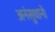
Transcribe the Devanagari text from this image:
अनंसुधानों